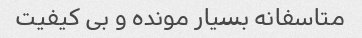
متاسفانه بسیار مونده و بی کیفیت